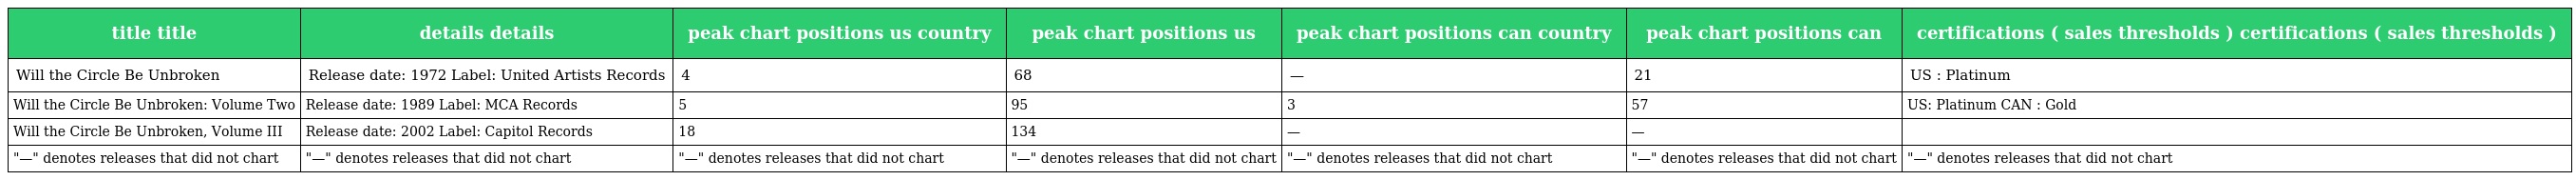
| title title | details details | peak chart positions us country | peak chart positions us | peak chart positions can country | peak chart positions can | certifications ( sales thresholds ) certifications ( sales thresholds ) |
 | --- | --- | --- | --- | --- | --- | --- |
 | Will the Circle Be Unbroken | Release date: 1972 Label: United Artists Records | 4 | 68 | — | 21 | US : Platinum |
 | Will the Circle Be Unbroken: Volume Two | Release date: 1989 Label: MCA Records | 5 | 95 | 3 | 57 | US: Platinum CAN : Gold |
 | Will the Circle Be Unbroken, Volume III | Release date: 2002 Label: Capitol Records | 18 | 134 | — | — |  |
 | "—" denotes releases that did not chart | "—" denotes releases that did not chart | "—" denotes releases that did not chart | "—" denotes releases that did not chart | "—" denotes releases that did not chart | "—" denotes releases that did not chart | "—" denotes releases that did not chart |